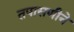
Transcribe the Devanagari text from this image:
तपासणीने